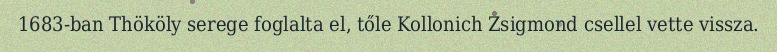
1683-ban Thököly serege foglalta el, tőle Kollonich Zsigmond csellel vette vissza.